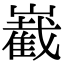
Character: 嶻